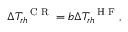
\Delta T _ { r h } ^ { \mathrm { ~ \scriptsize ~ C ~ R ~ } } = b \Delta T _ { r h } ^ { \mathrm { ~ \scriptsize ~ H ~ F ~ } } ,